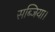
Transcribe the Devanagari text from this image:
सब्जिया।